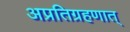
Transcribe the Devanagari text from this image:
अप्रतिग्रहणात्